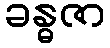
ခန္ဓဇာ